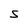
Character: S